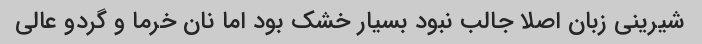
شیرینى زبان اصلا جالب نبود بسیار خشک بود اما نان خرما و گردو عالى